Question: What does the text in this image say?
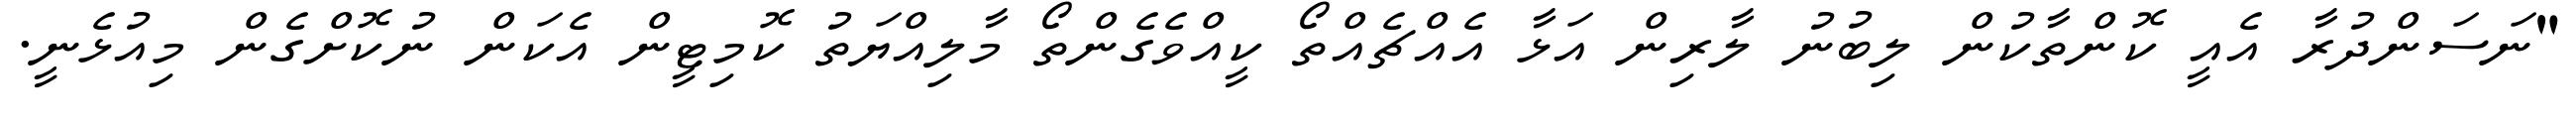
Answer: "ނަސަންދުރާ އެއީ ކޮންތާކުން ލިބުނު ލާރިން އަޅާ އެއްޗެއްތޯ ކީއްވެގެންތޯ މާލިއްޔަތު ކޮމިޓީން އެކަން ނުކޮށްގެން މިއުޅެނީ.